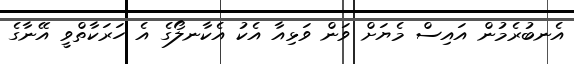
އެނބުރެމުން އައިސް މެޔަށް ވަން ވަޅިއާ އެކު އެކާނލޯގެ އެ ހަރަކާތްވީ އޭނާގެ